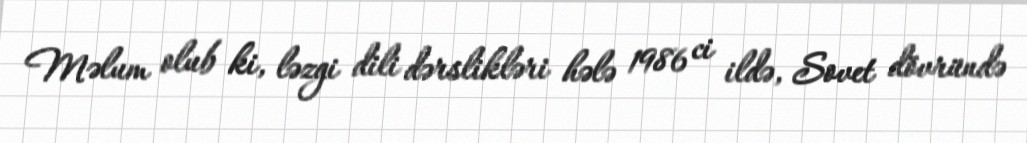
Məlum olub ki, ləzgi dili dərslikləri hələ 1986 ci ildə, Sovet dövründə